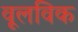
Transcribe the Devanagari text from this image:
वूलविक